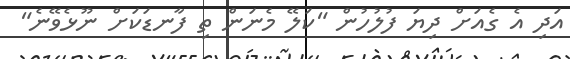
އަދި އެ ގެއަށް ދިޔަ ފުލުހުން "ކަލޭ މެނަން ތި ފާނޑަކަށް ނޫޅެވޭނެ"